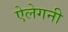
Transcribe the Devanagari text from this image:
ऐलेगनी